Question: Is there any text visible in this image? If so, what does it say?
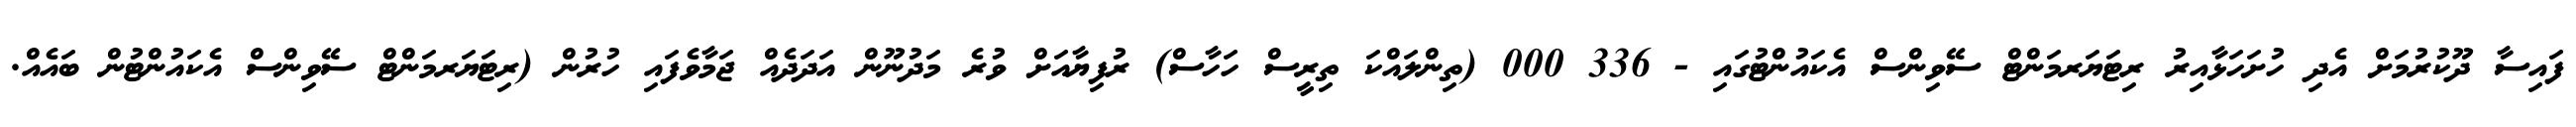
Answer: ފައިސާ ދޫކުރުމަށް އެދި ހުށަހަޅާއިރު ރިޓަޔަރމަންޓް ސޭވިންސް އެކައުންޓުގައި - 336 000 (ތިންލައްކަ ތިރީސް ހަހާސް) ރުފިޔާއަށް ވުރެ މަދުނޫން އަދަދެއް ޖަމާވެފައި ހުރުން (ރިޓަޔަރމަންޓް ސޭވިންސް އެކައުންޓުން ބައެއް.